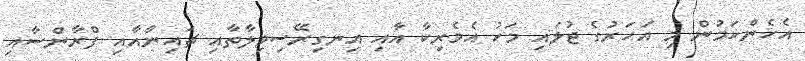
އެހެންކަމުން މި އަހަރުގެ ޖުލައި މަހު އެމެރިކާ އާއި އިނގިރޭސިވިލާތާއި ޗައިނާއާއި ފްރާންސާއި